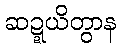
ဆဍ္ဍယိတွာန